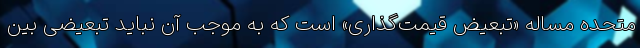
متحده مساله «تبعیض قیمت‌گذاری» است که به موجب آن نباید تبعیضی بین